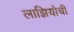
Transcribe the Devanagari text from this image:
लाझियोची